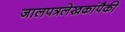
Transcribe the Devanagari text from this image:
जालपत्रलेखकांपैकी